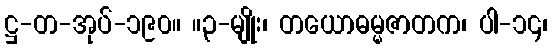
ဋ္ဌ-တ-အုပ်-၁၉၀။ ။၃-မျိုး၊ တယောဓမ္မဇာတက၊ ပါ-၁၄၊